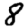
Digit: 8